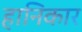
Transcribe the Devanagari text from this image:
हानिकार